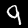
Label: 9